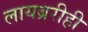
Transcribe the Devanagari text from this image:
लायब्ररीही